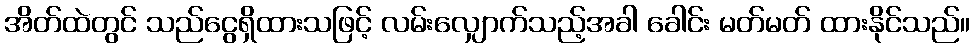
အိတ်ထဲတွင် သည်ငွေရှိထားသဖြင့် လမ်းလျှောက်သည့်အခါ ခေါင်း မတ်မတ် ထားနိုင်သည်။